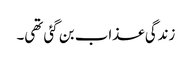
زندگی عذاب بن گئی تھی۔